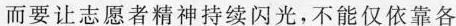
而要让志愿者精神持续闪光，不能仅依靠各